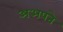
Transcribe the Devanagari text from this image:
अअपने